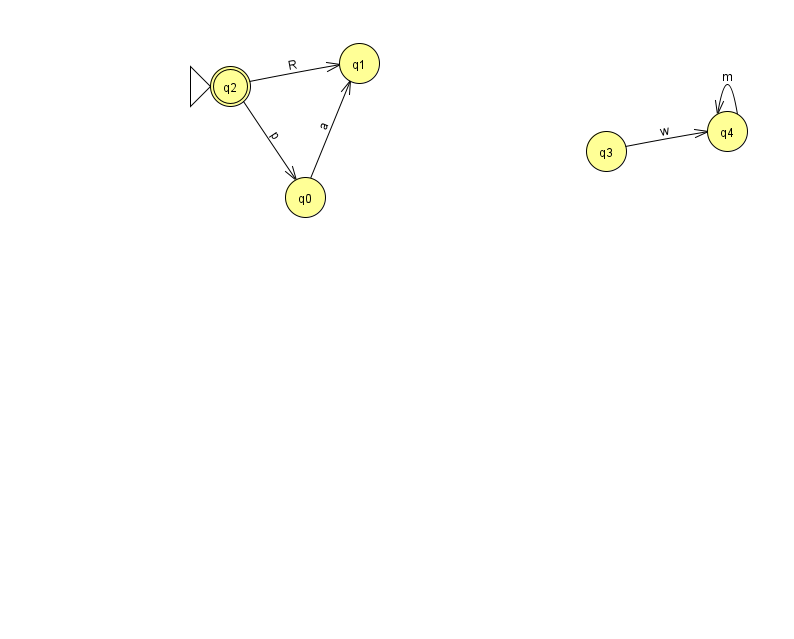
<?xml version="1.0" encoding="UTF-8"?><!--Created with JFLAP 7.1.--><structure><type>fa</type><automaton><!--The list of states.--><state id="0" name="q0"><x>305.0</x><y>184.0</y></state><state id="1" name="q1"><x>359.0</x><y>50.0</y></state><state id="2" name="q2"><x>230.0</x><y>73.0</y><initial/><final/></state><state id="3" name="q3"><x>606.0</x><y>138.0</y></state><state id="4" name="q4"><x>727.0</x><y>118.0</y></state><!--The list of transitions.--><transition><from>2</from><to>0</to><read>p</read></transition><transition><from>3</from><to>4</to><read>w</read></transition><transition><from>0</from><to>1</to><read>a</read></transition><transition><from>2</from><to>1</to><read>R</read></transition><transition><from>4</from><to>4</to><read>m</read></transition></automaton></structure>